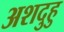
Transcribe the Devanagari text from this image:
अशदुहु